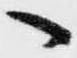
へ